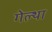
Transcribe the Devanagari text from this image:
गेल्था